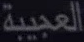
العجيبة